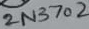
Text: 2N3702